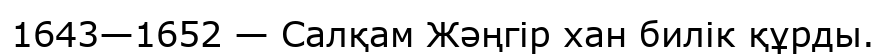
1643—1652 — Салқам Жәңгір хан билік құрды.